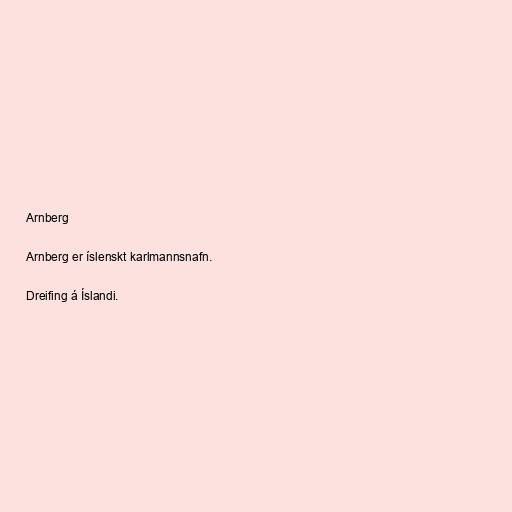
Arnberg

Arnberg er íslenskt karlmannsnafn.

Dreifing á Íslandi.